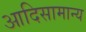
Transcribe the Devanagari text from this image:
आदिसामान्य